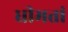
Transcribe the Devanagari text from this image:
धीमतां